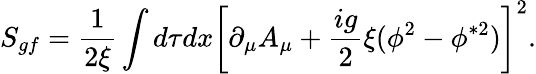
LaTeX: S_{gf}=\frac{1}{2\xi}\int d\tau dx\left[\partial_{\mu}A_{\mu}+\frac{ig}{2}\xi(\phi^{2}-\phi^{\ast 2})\right]^{2}.